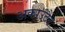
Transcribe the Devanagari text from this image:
अकाउंटैंट